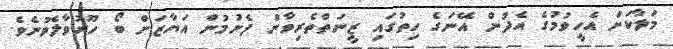
މަލާކަށް އެހީވުމުގެ އެދުން އޭނަގެ ހިތުގައި ޒީނަތްތެރިވާން ފެށުމުން އަޔާޒަށް ބޯ ހޫރުވާލެވުނެވެ.